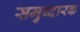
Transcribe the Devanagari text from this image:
समुध्दारक